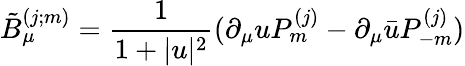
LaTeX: \tilde{B}_{\mu}^{(j;m)}=\frac{1}{1+|u|^{2}}(\partial_{\mu}uP_{m}^{(j)}-\partial_{\mu}\bar{u}P_{-m}^{(j)})